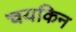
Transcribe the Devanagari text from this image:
चयकिन